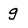
Character: g